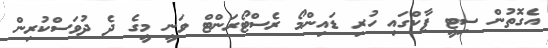
އެގޮތުން ސިޓީ ޕާކްގައި ހުރި ޑައިންމޯ ރެސްޓޯރަންޓް ވަނީ މީގެ ދެ ދުވަސްކުރިން